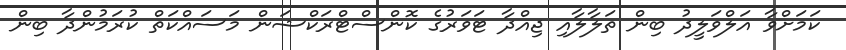
ކަމަށްވާ އަލްވަލީދު ބިން ތަލާލާއި ޖިއްދާ ޓަވަރުގެ ކޮންސްޓްރަކްޝަން މަސައްކަތް ކުރަމުންދާ ބިން